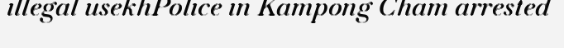
illegal usekhPolice in Kampong Cham arrested